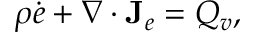
\begin{array} { r } { \rho \dot { e } + \nabla \cdot \mathbf J _ { e } = Q _ { v } , } \end{array}